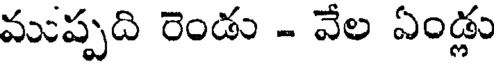
ముప్పది రెండు - వేల ఏండ్లు